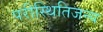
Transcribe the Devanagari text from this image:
परीस्थितिजन्य